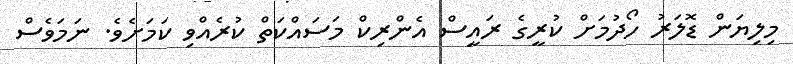
މިލިޔަން ޑޮލަރު ހޯދުމަށް ކުރީގެ ރައީސް އެންރިކް މަސައްކަތް ކުރެއްވި ކަމަށެވެ. ނަމަވެސް